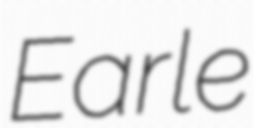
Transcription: Earle